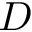
D